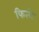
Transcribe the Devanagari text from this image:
फित्शे